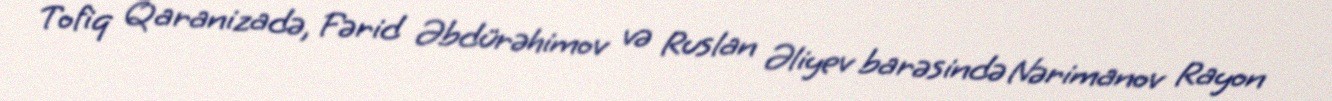
Tofiq Qaranizadə, Fərid Əbdürəhimov və Ruslan Əliyev barəsində Nərimanov Rayon